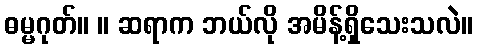
ဓမ္မဂုတ်။ ။ ဆရာက ဘယ်လို အမိန့်ရှိသေးသလဲ။